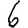
Digit: 6